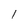
Character: l